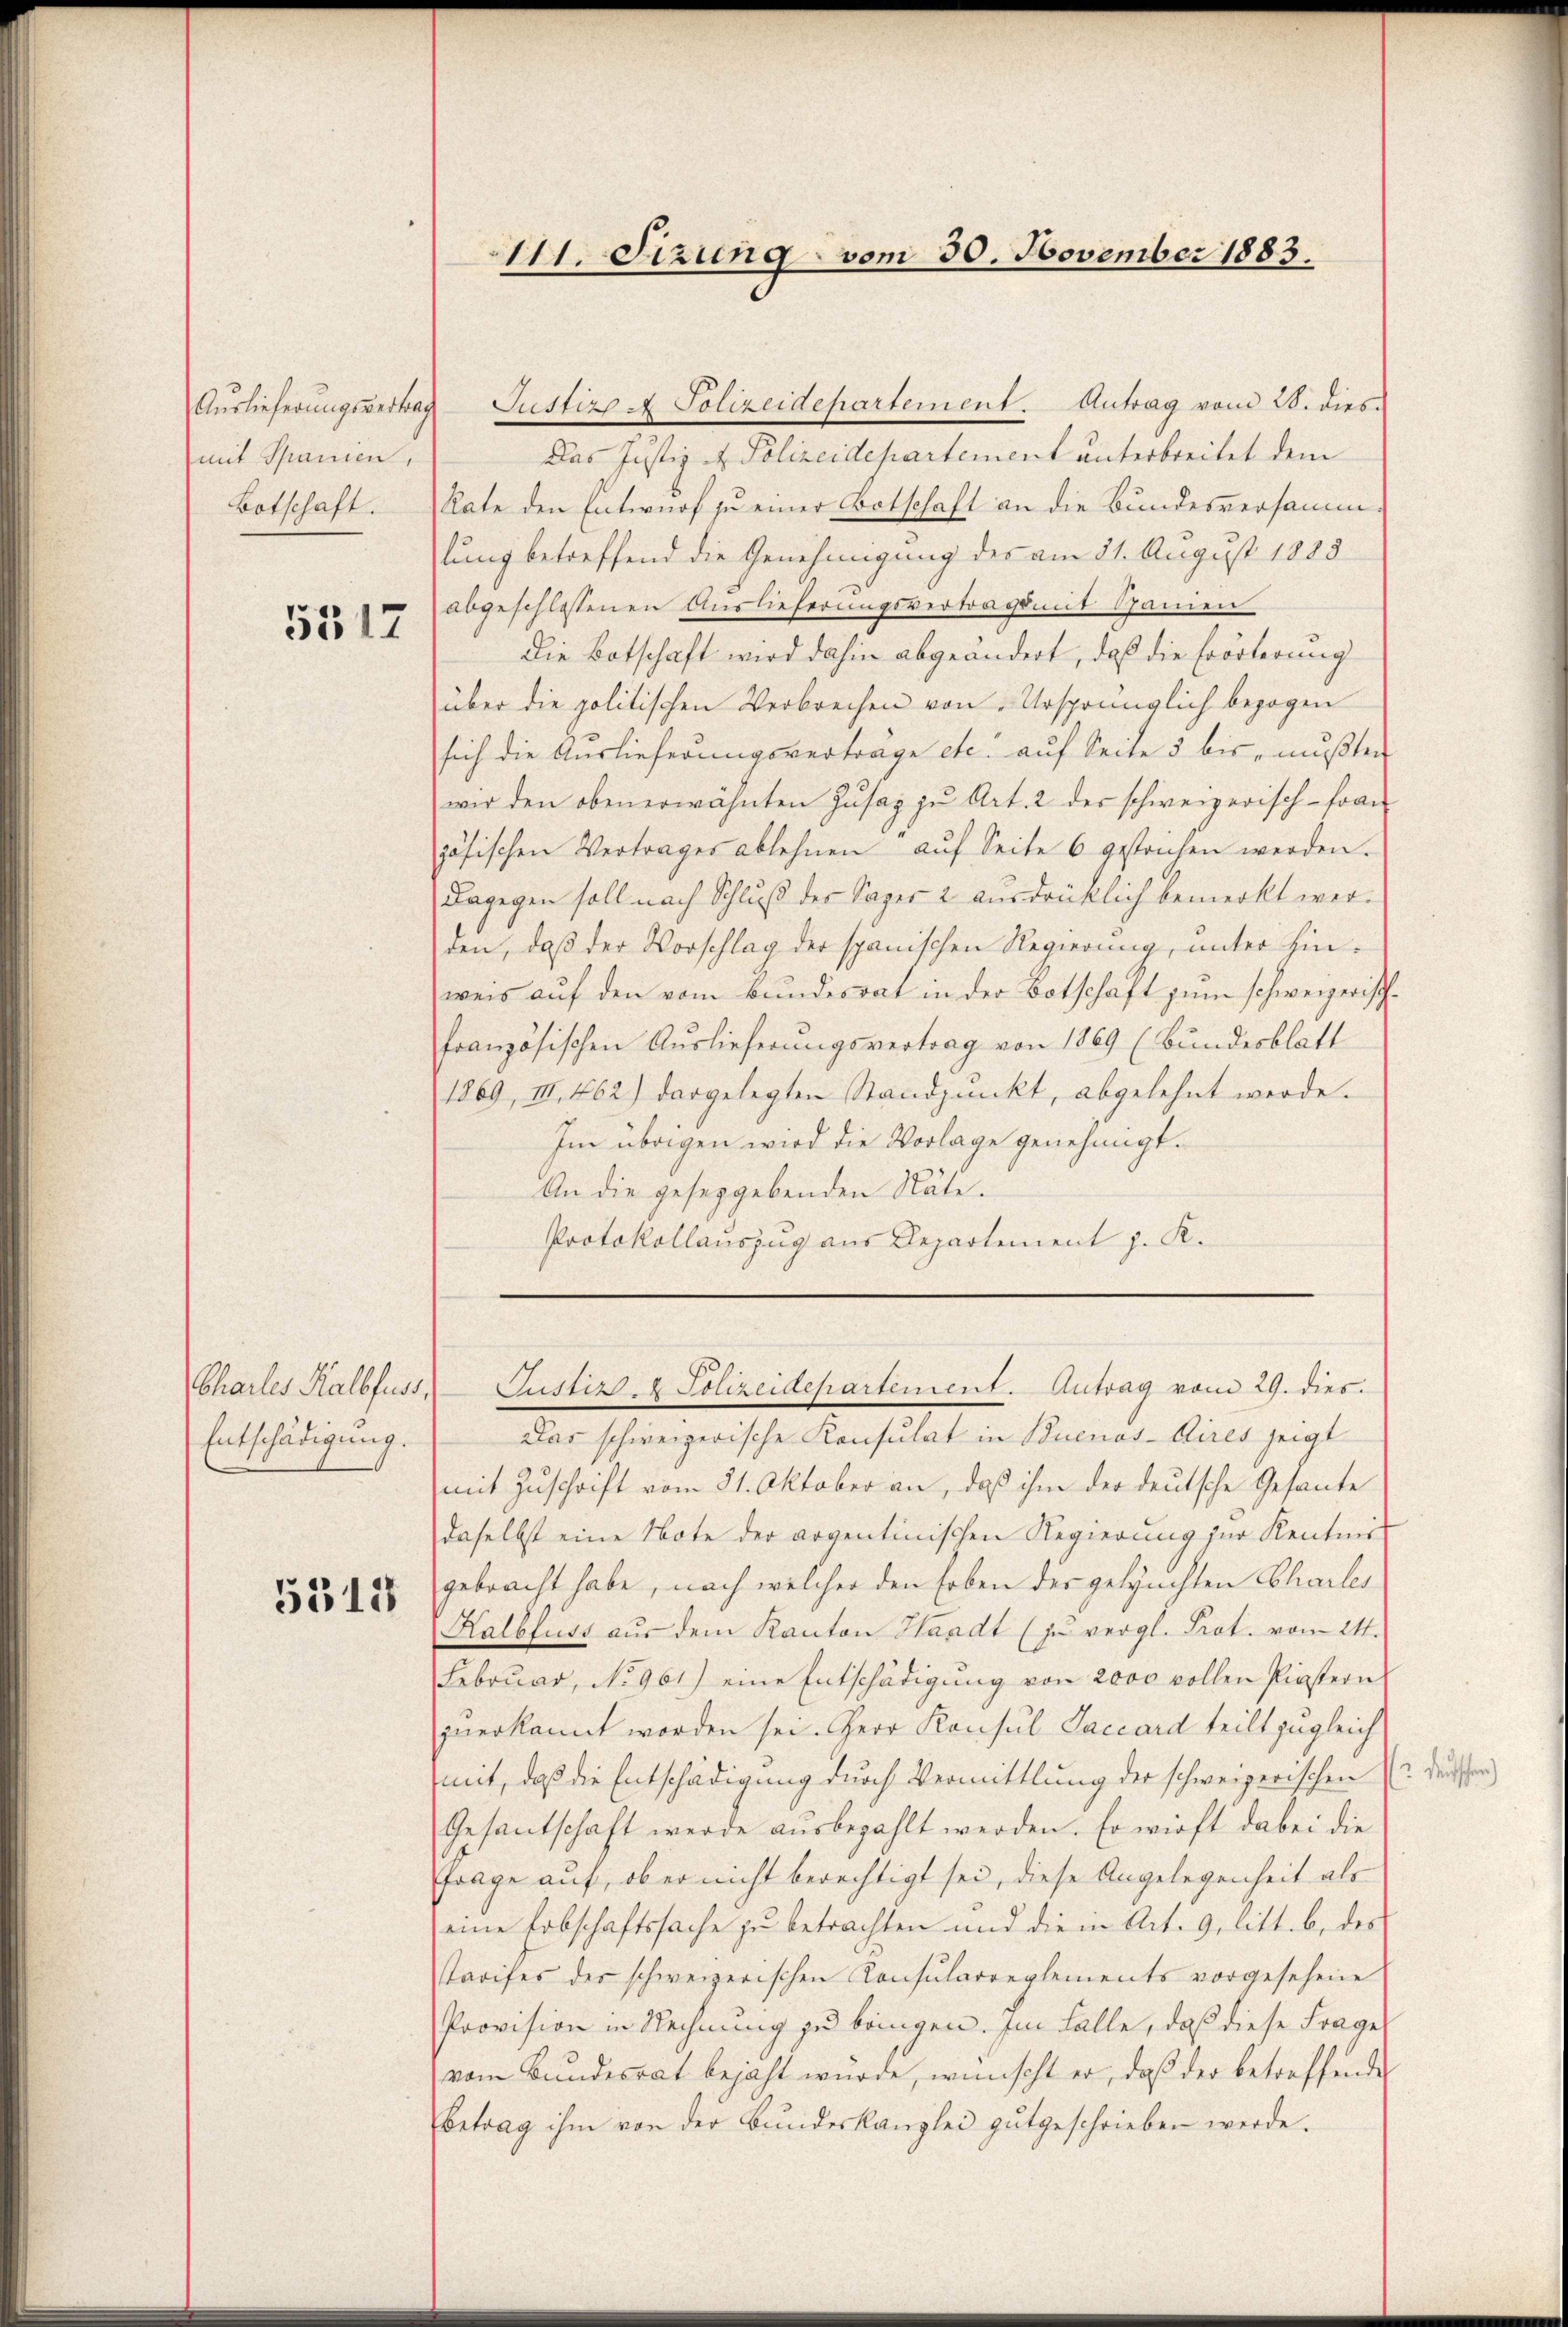
mit Spanien,
Botschaft.

5517

Entschädigung.

5318

Das Justiz - Polizeidepartement unterbreitet dem
Rate den Entwurf zu einer Botschaft an die Bundesversamm
lung betreffend die Genehmigung des am 21. August 1885
abgeschlossenen Auslieferungsvertrags mit Spanien
Die Botschaft wird dahin abgeändert, daß die Erörterung
über die politischen Verbrechen von Ursprünglich bezogen
sich die Auslieferŭngsverträge etc. aŭf Seite 5 bis mŭβten
wir den obenerwähnten Zŭsaz zu Art. 2 der schweizerisch-Fran
zösischen Vertrages ablehnen aŭf Seite 6 gestrichen werden.
Dagegen soll nach Schluß des Saper 2 ausdrücklich bemerkt werden, daß der Vorschlag der spanischen Regierung, unter hinweis auf den vom Bundesrat in der Botschaft zum schweizerischfranzösischen Auslieferungsvertrag von 1869 (Bundesblatt
1869, III. 462) dargelegten Standpunkt, abgelehnt werde.
Im übrigen wird die Vorlage genehmigt.
An die geseggebenden Näte.
Protokollauszug aus Departement J. K.

111. Sizung vom 30. November 1883.

Aŭslieferŭngsvertrag Justizp. Polizeidepartement. Antrag vom 28. dies

Charles Kalbfuss, Justiz- & Polizeidepartement. Antrag vom 29. dies.

Das schweizerische Konsulat in Buenos-Aires zeigt
mit Zuschrift vom 31. Oktober an, daß ihm der deutsche Gesante
daselbst eine Note der argentinischen Regierung zur Kentnis
gebracht habe, nach welcher den Erben des geleuchten Charles
Kalbfuss aus dem Kanton Waadt (zu vergl. Prot. vom 24.
Februar, No 961) eine Entschädigŭng von 2000 vollen Pinstern
zuerkannt worden sei. Herr Konsul Saccard teilt zugleich
mit, daß die Entschädigung durch Vermittlung der schweizerischen dersche
Gesantschaft werde aŭsbezahlt werden. Er wirft dabei die
Ffrage auf, ob er nicht berechtigt sei, diese Angelegenheit als
eine Erbschaftssache zu betrachten und die in Art. 9, litt. b. des
Tarifes der schweizerischen Konsularreglements vorgesehene
Provision in Rechnung zu bringen. Im Falle, daß diese Frage
vom Bundesrat bejaht wurde, wünscht er, daß der betreffende
Betrag ihm von der Bŭndeskanzlei gutgeschrieben werde.